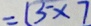
= 1 5 \times 7